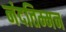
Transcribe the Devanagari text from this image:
नंदतिम्मन